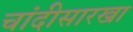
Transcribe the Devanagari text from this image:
चांदीसारखा